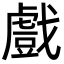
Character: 戲